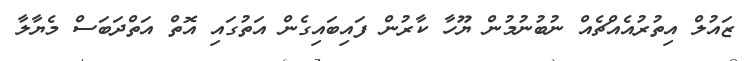
ޒައުލް އިތުރުއެއްޗެއް ނުބުނުމުން ޔޫހާ ކާރުން ފައިބައިގެން އަތުގައި އޮތް އަތްދަބަސް މެޔާލާ